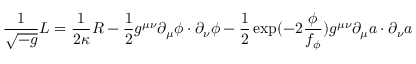
\frac { 1 } { \sqrt { - g } } { \cal L } = \frac { 1 } { 2 \kappa } R - \frac { 1 } { 2 } g ^ { \mu \nu } \partial _ { \mu } \phi \cdot \partial _ { \nu } \phi - \frac { 1 } { 2 } \exp ( - 2 \frac { \phi } { f _ { \phi } } ) g ^ { \mu \nu } \partial _ { \mu } a \cdot \partial _ { \nu } a